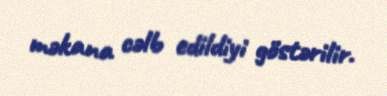
məkana cəlb edildiyi göstərilir.